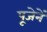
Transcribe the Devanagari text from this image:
पूजेनें